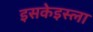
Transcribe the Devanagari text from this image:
इसकेइस्ला